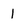
Character: 1